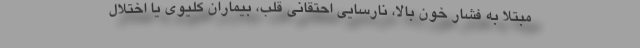
مبتلا به فشار خون بالا، نارسایی احتقانی قلب، بیماران کلیوی یا اختلال